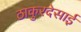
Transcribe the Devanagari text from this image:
ठाकुरदेसाई